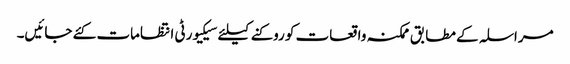
مراسلہ کے مطابق ممکنہ واقعات کو روکنے کیلئے سیکیورٹی انتظامات کئے جائیں۔